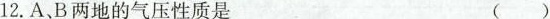
12.A B两地的气压性质是 ( )